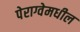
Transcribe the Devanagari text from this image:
पेराग्वेमधील